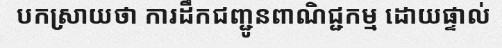
បកស្រាយថា ការដឹកជញ្ជូនពាណិជ្ជកម្ម ដោយផ្ទាល់